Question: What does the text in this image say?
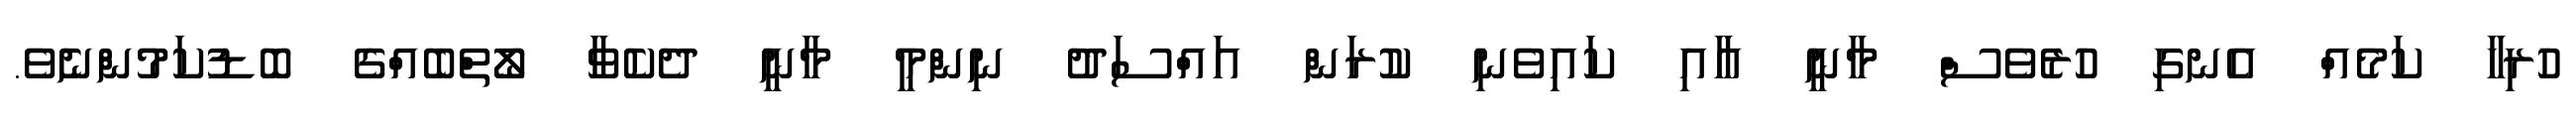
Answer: ހުރިހާ ކަމެއް އެނގި ހުރެވެސް މާނީ އާއި ކައިވެނި ކުރަން އައްސަދު ނިންމީ މާނީ ދެކެވާ ލޯތްބެއްގެ ބޮޑުކަމުންނެވެ.